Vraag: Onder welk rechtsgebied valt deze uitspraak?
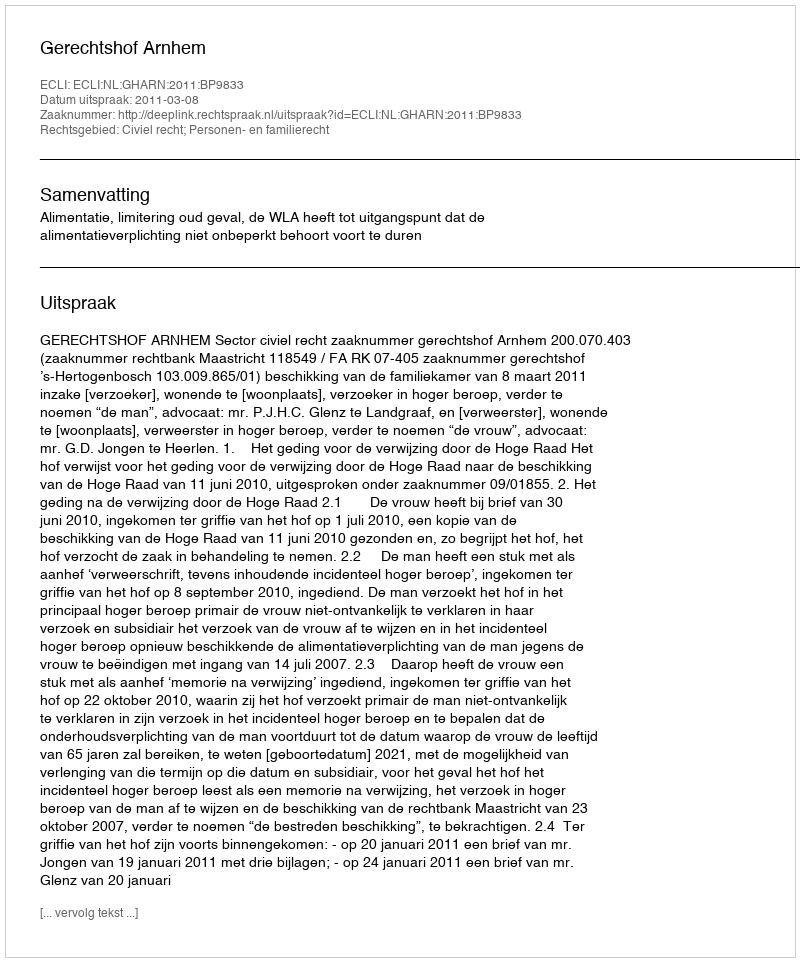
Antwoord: Civiel recht; Personen- en familierecht